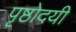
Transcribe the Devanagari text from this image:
पृष्ठोदयी